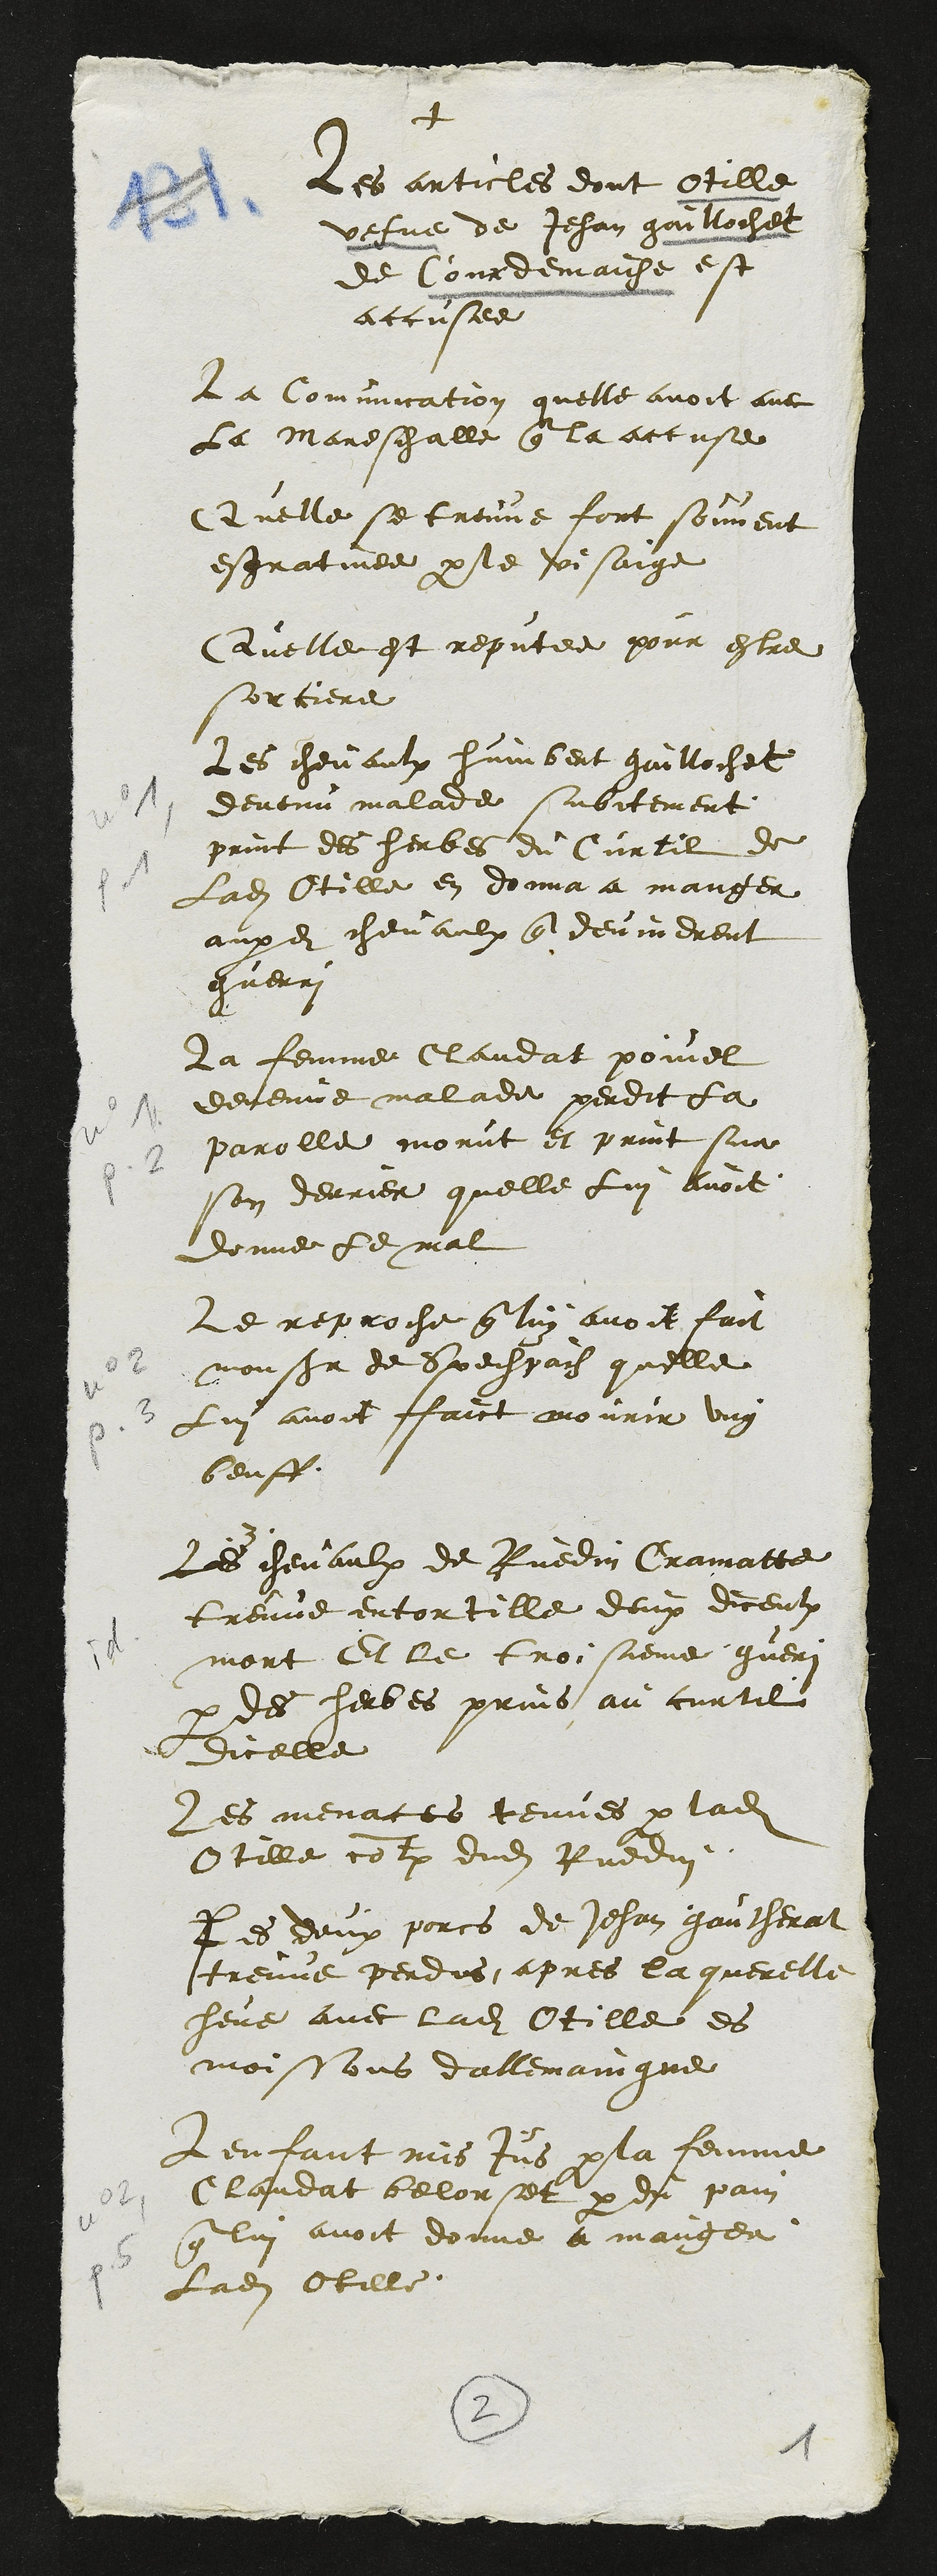
+
Les articles dont Otille
vefve de Jehan gaillochet
de Courdemaiche est
accusee
la Comunication quelle avoit avec
La Mareschalle que la accuse
Quelle se treuve fort souvent
esgratinee par le visaige
Quelle est reputee pour estre
sorciere
Les chevaulx humbert gaillochet
devenu malade subitement
print des herbes du Curtil de
ladite Otille en donna a manger
auxdits chevaulx que devindrent
guerri
La femme Claudat poivel
devenue malade perdit la
parolle morut et print sur
son derrier quelle lui avoit
donne le mal
Le reproche que luy avoit fait
monsieur de Spechbach quelle
Lui avoit faict mourir ung
beuff
les chevaulx de Ruedin Cramatte
treuve entortille deux diceulx
mort Et le troisieme gueri
par des herbes prins au curtil
dicelle
Les menaces tenues par ladite
Otille contre dudit Ruedin
Les deux porcs de Jehan gautherat
treuve perdus apres la querelle
heue avec ladite Otille es
moissons dallemaingne
Lenfant mis Jus par la femme
Claudat belorset par du pain
que lui avoit donne a manger
Ladite Otille